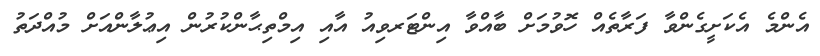
އެންމެ އެކަށީގެންވާ ފަރާތެއް ހޮވުމަށް ބާއްވާ އިންޓަރވިއު އާއި އިމްތިޙާންކުރުން އިޢުލާންއަށް މުއްދަތު